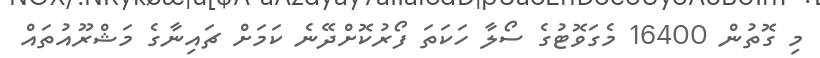
މި ގޮތުން 16400 މެގަވޮޓުގެ ސޯލާ ހަކަތަ ފޯރުކޮށްދޭނެ ކަަމަށް ޗައިނާގެ މަޝްރޫއުތައް